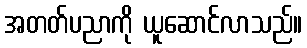
အတတ်ပညာကို ယူဆောင်လာသည်။